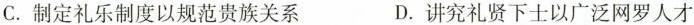
C.制定礼乐制度以规范贵族关系 D.讲究礼贤下士以广泛网罗人才